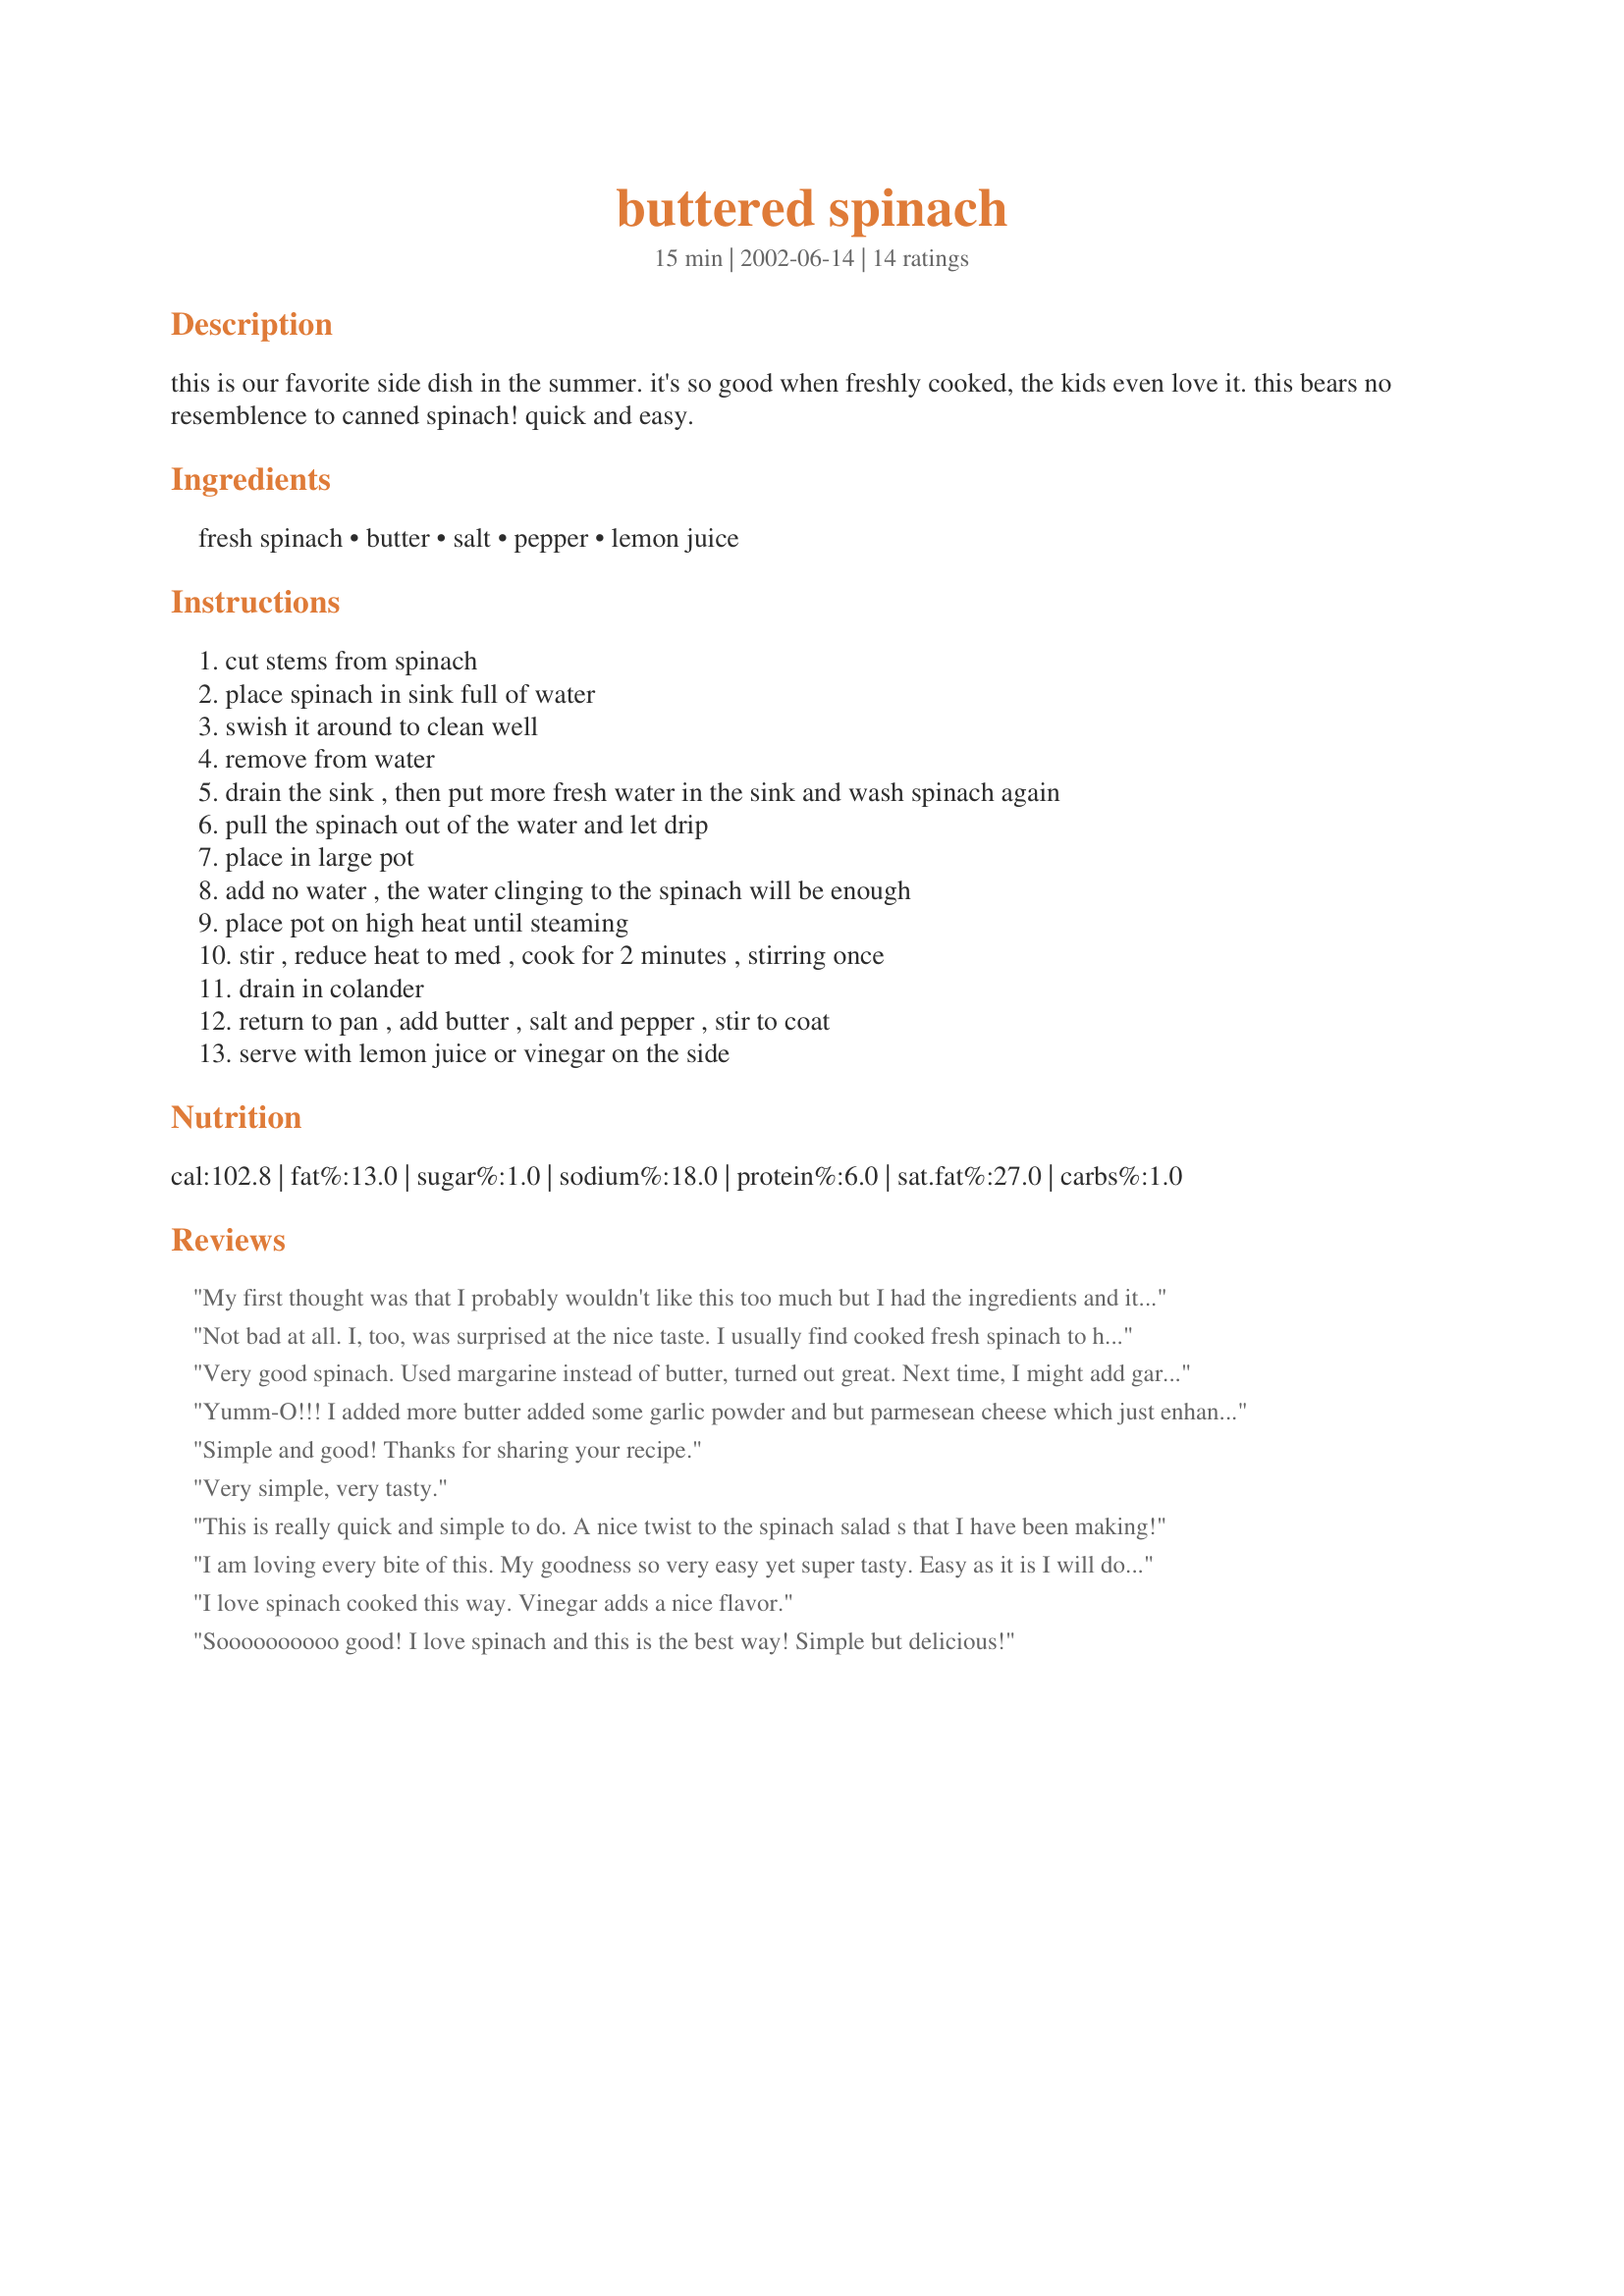
buttered spinach
Preparation time: 15 minutes

this is our favorite side dish in the summer. it's so good when freshly cooked, the kids even love it. this bears no resemblence to canned spinach! quick and easy.

Ingredients:
fresh spinach, butter, salt, pepper, lemon juice

Steps:
cut stems from spinach, place spinach in sink full of water, swish it around to clean well, remove from water, drain the sink , then put more fresh water in the sink and wash spinach again, pull the spinach out of the water and let drip, place in large pot, add no water , the water clinging to the spinach will be enough, place pot on high heat until steaming, stir , reduce heat to med , cook for 2 minutes , stirring once, drain in colander, return to pan , add butter , salt and pepper , stir to coat, serve with lemon juice or vinegar on the side

Reviews:
My first thought was that I probably wouldn't like this too much but I had the ingredients and it was quick and simple so I gave it a try. Much to my surprise I liked it very much. It was a nice mix and I've added it to my collection. Thanks for sharing.
Not bad at all. I, too, was surprised at the nice taste. I usually find cooked fresh spinach to have an overpowering "metallic" taste that is also too acidic for me; but this was quite pallatable. I had it as a side to beef, a good compliment.
Very good spinach. Used margarine instead of butter, turned out great. Next time, I might add garlic. Thanks Inez.
Yumm-O!!! I added more butter added some garlic powder and but parmesean cheese which just enhanced a wonderful dish. Yum! Thanks MizzNezz
Simple and good! Thanks for sharing your recipe.
Very simple, very tasty.
This is really quick and simple to do. A nice twist to the spinach salad s that I have been making!
I am loving every bite of this. My goodness so very easy yet super tasty. Easy as it is I will do this over and over. Thank You so very much..Hugs
I love spinach cooked this way. Vinegar adds a nice flavor.
Soooooooooo good! I love spinach and this is the best way! Simple but delicious!
Such a simple and delicious way to prepare spinach.
I made this with the lemon juice, and it was fantastic! Next time I'll try it with the vinegar.
At last, a way to cook spinach that is easy and so delicious. I didn't use lemon or vinegar as it was so good without. 
I used bagged spinach and did not remove stems and they were just as tender and tasty as the leaves. 
I have made this a number of times and it isn't necessary to follow quantities, etc. Just grab a few handfuls of spinach and you're in for a treat!!!
My family loved this spinach! I used unsalted-butter, but didn't add lemon juice or vinegar. The spinach had a wonderful flavor and I will definitely make this dish again!
